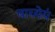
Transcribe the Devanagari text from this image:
वाच्येयं